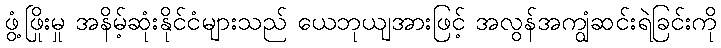
ဖွံ့ဖြိုးမှု အနိမ့်ဆုံးနိုင်ငံများသည် ယေဘုယျအားဖြင့် အလွန်အကျွံဆင်းရဲခြင်းကို